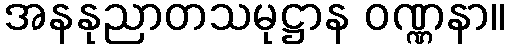
အနနုညာတသမုဋ္ဌာန ဝဏ္ဏနာ။